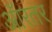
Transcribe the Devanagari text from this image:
ऑरतर